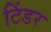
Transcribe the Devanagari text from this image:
टिंडर